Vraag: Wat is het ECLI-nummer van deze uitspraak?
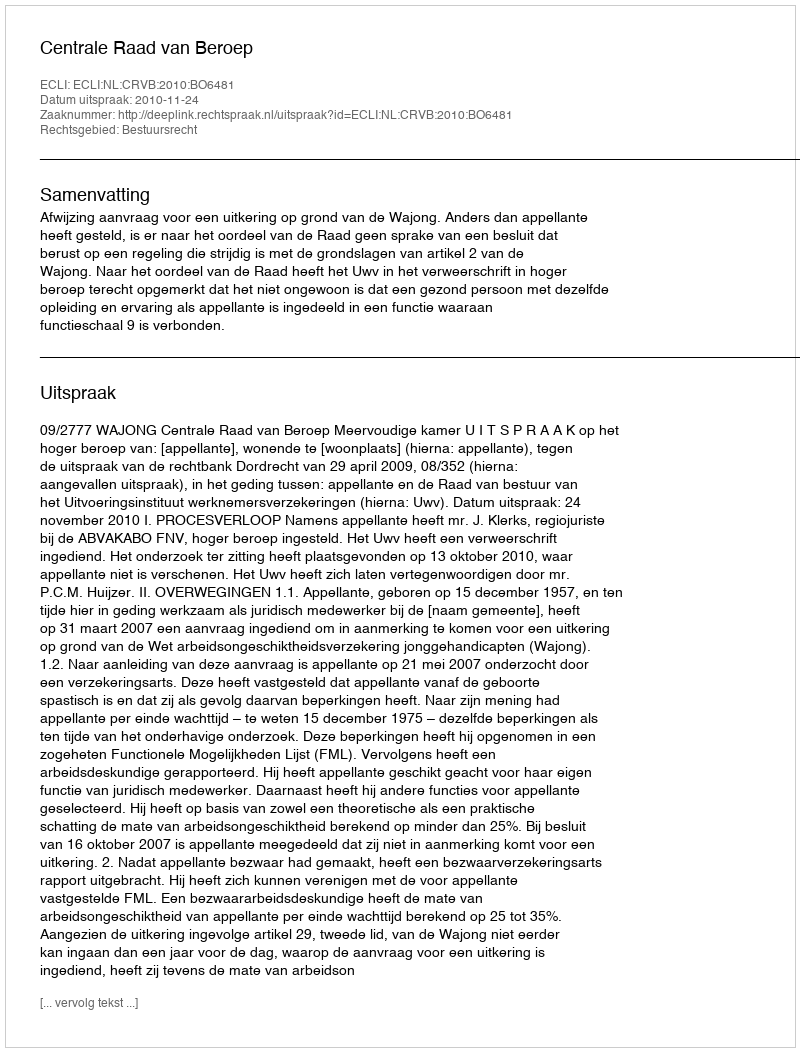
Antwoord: ECLI:NL:CRVB:2010:BO6481